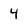
Character: 4